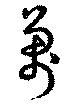
万